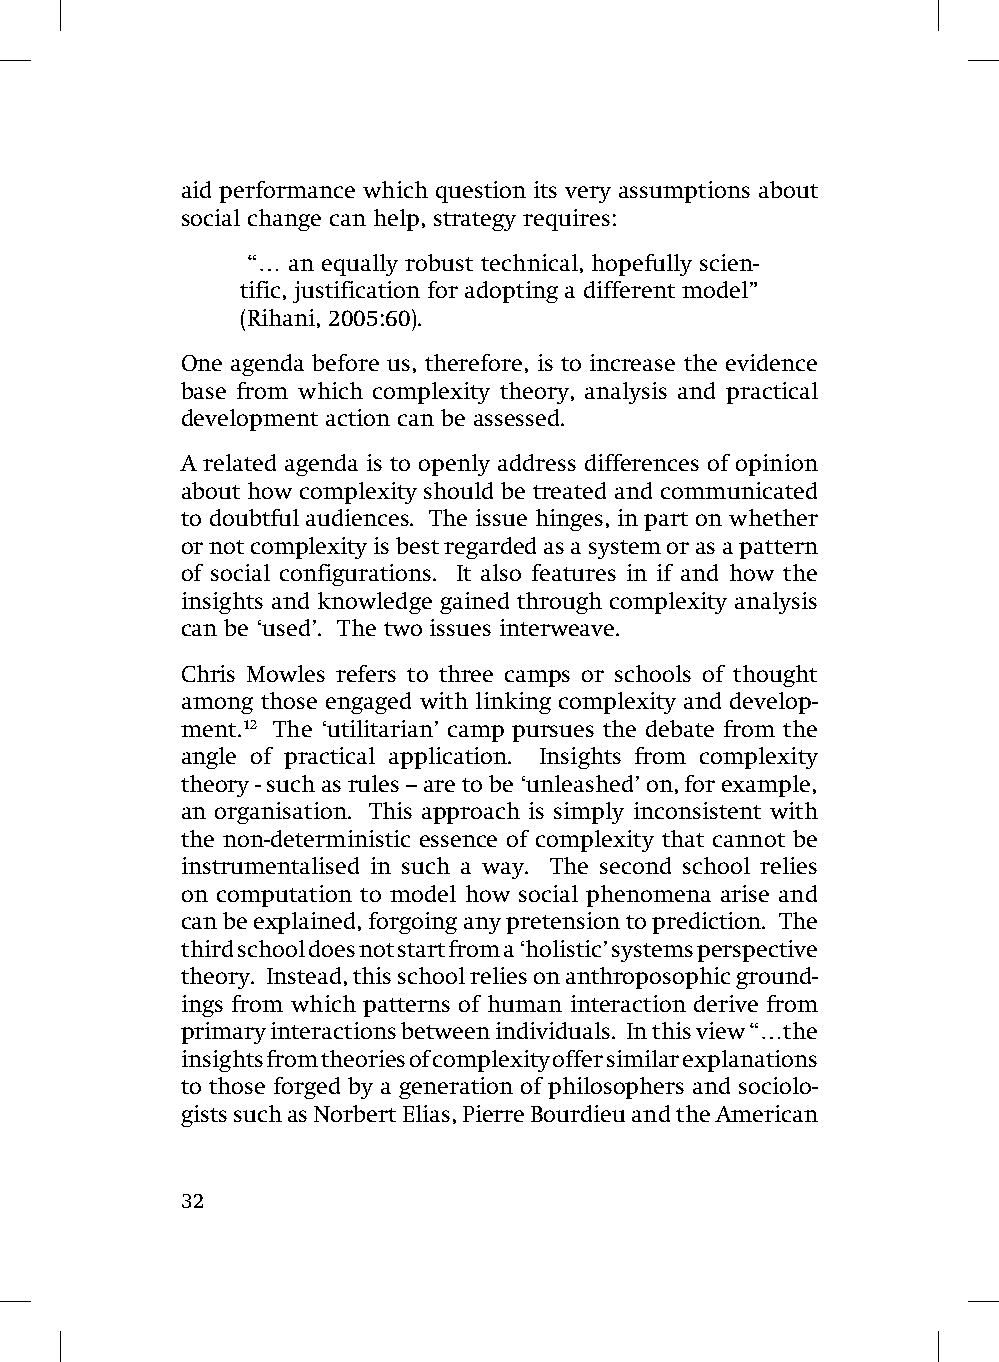
aid performance which question its very assumptions about
 social change can help, strategy requires:
 “… an equally robust technical, hopefully scien-
 tific, justification for adopting a different model”
 (Rihani, 2005:60).
 One agenda before us, therefore, is to increase the evidence
 base from which complexity theory, analysis and practical
 development action can be assessed.
 A related agenda is to openly address differences of opinion
 about how complexity should be treated and communicated
 to doubtful audiences. The issue hinges, in part on whether
 or not complexity is best regarded as a system or as a pattern
 of social configurations. It also features in if and how the
 insights and knowledge gained through complexity analysis
 can be ‘used’. The two issues interweave.
 Chris Mowles refers to three camps or schools of thought
 among those engaged with linking complexity and develop-
 ment.12 The ‘utilitarian’ camp pursues the debate from the
 angle of practical application. Insights from complexity
 theory - such as rules – are to be ‘unleashed’ on, for example,
 an organisation. This approach is simply inconsistent with
 the non-deterministic essence of complexity that cannot be
 instrumentalised in such a way. The second school relies
 on computation to model how social phenomena arise and
 can be explained, forgoing any pretension to prediction. The
 third school does not start from a ‘holistic’ systems perspective
 theory. Instead, this school relies on anthroposophic ground-
 ings from which patterns of human interaction derive from
 primary interactions between individuals. In this view “…the
 insights from theories of complexity offer similar explanations
 to those forged by a generation of philosophers and sociolo-
 gists such as Norbert Elias, Pierre Bourdieu and the American
 32